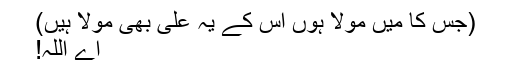
(جس کا میں مولا ہوں اس کے یہ علی بھی مولا ہیں)
اے اللہ!